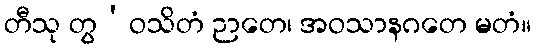
တီသု တွ’ဝသိတံ ဉာတေ၊ အဝသာနဂတေ မတံ။